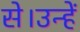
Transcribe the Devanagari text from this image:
से।उन्हें